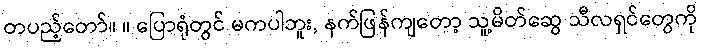
တပည့်တော်။ ။ ပြောရုံတွင် မကပါဘူး, နက်ဖြန်ကျတော့ သူ့မိတ်ဆွေ သီလရှင်တွေကို